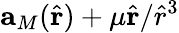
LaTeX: \mathbf{a}_{M}(\hat{\mathbf{r}})+\mu\hat{\mathbf{r}}/\hat{r}^{3}